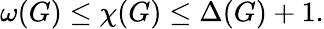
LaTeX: \omega(G)\leq\chi(G)\leq\Delta(G)+1.